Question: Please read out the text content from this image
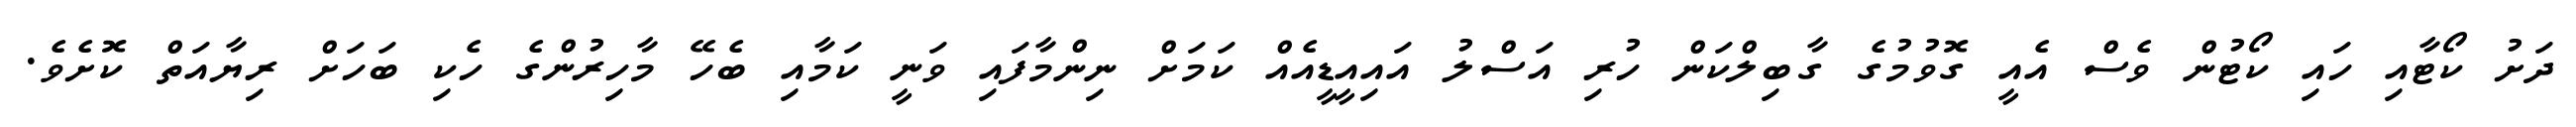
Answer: ދަށު ކޯޓާއި ހައި ކޯޓުން ވެސް އެއީ ގޮވުމުގެ ގާބިލްކަން ހުރި އަސްލު އައިއީޑީއެއް ކަމަށް ނިންމާފައި ވަނީ ކަމާއި ބެހޭ މާހިރުންގެ ހެކި ބަހަށް ރިޔާއަތް ކޮށެވެ.